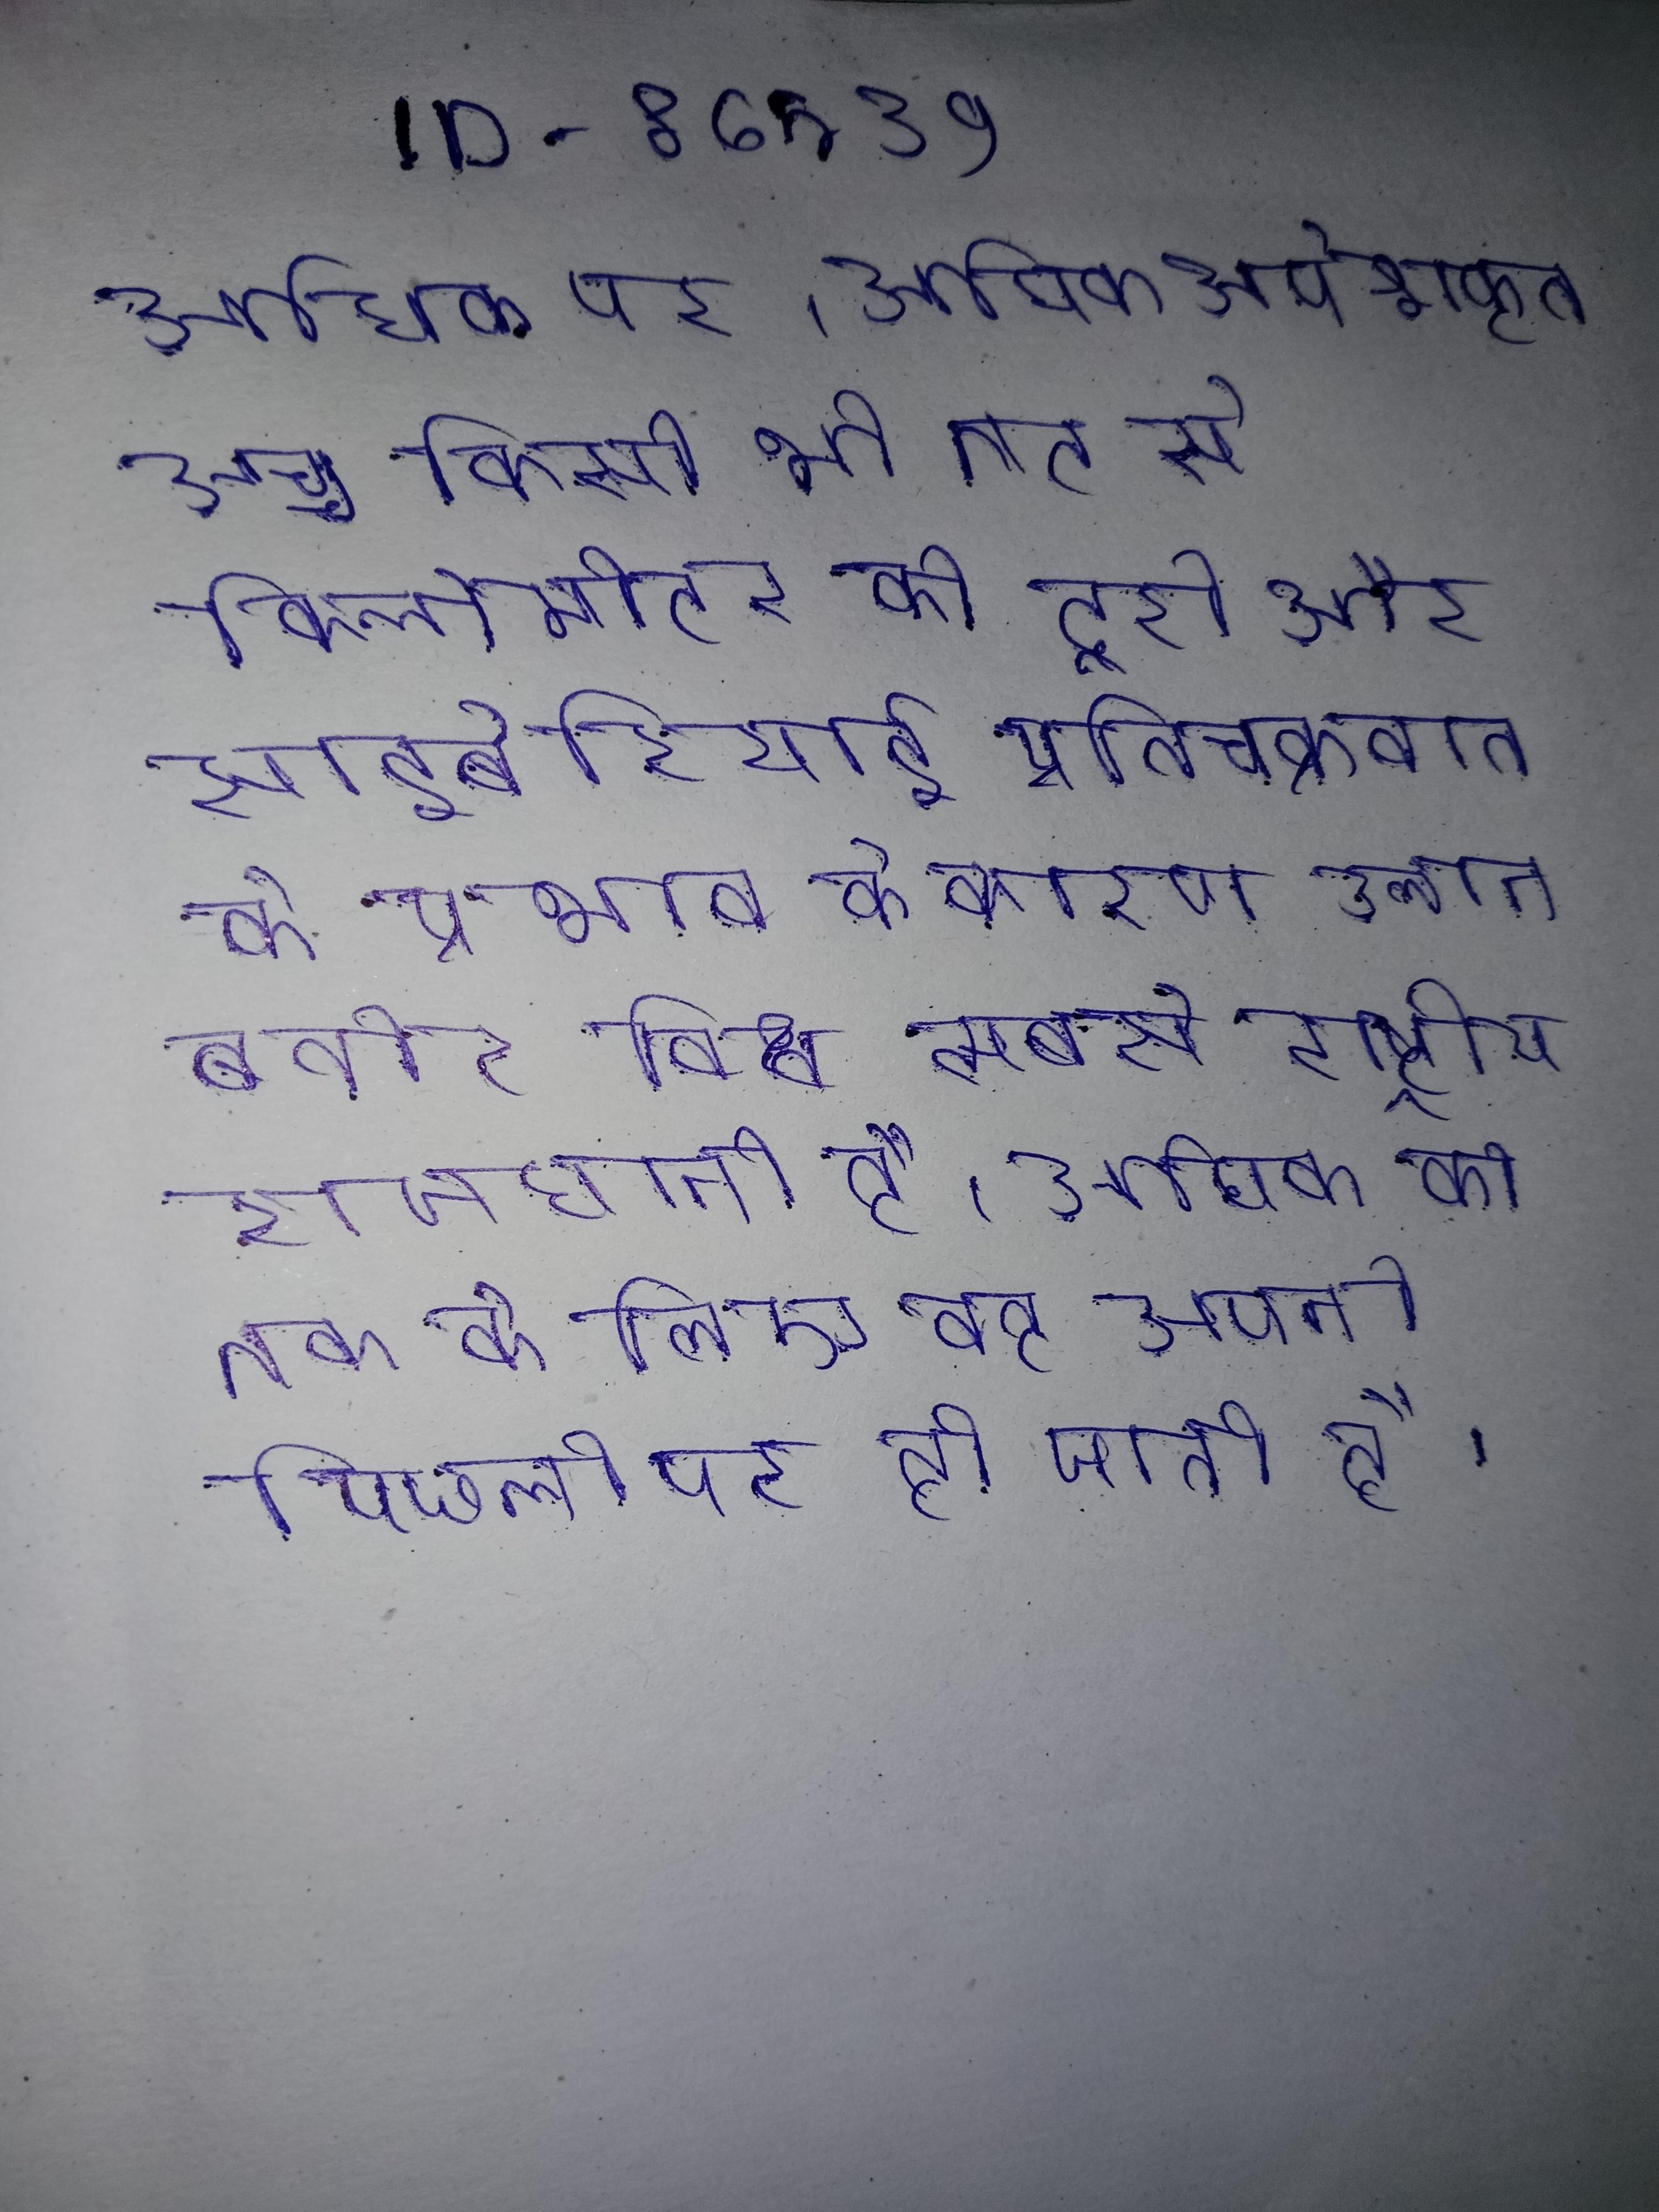
अधिक पर । अधिक अपेक्षाकृत उच्च किसी भी तट से किलोमीटर की दूरी और साइबेरियाई प्रतिचक्रवात के प्रभाव के कारण उलान बतोर विश्व की सबसे राष्ट्रीय राजधानी है । अधिक की तक के लिए वह अपनी पिछली पर हो जाती है ।